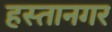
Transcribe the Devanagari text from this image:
हस्तानगर